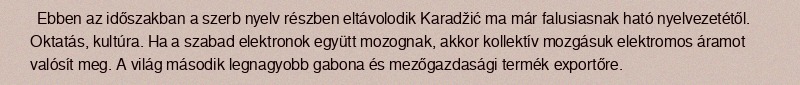
Ebben az időszakban a szerb nyelv részben eltávolodik Karadžić ma már falusiasnak ható nyelvezetétől. Oktatás, kultúra. Ha a szabad elektronok együtt mozognak, akkor kollektív mozgásuk elektromos áramot valósít meg. A világ második legnagyobb gabona és mezőgazdasági termék exportőre.